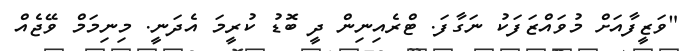
"ވަޒީފާއަށް މުވައްޒަފަކު ނަގާފަ. ޓްރެއިނިން ދީ ބޮޑު ކުރީމަ އެދަނީ. މިނިމަމް ވޭޖެއް